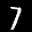
Label: 7